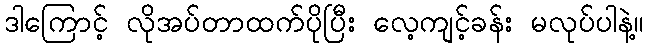
ဒါကြောင့် လိုအပ်တာထက်ပိုပြီး လေ့ကျင့်ခန်း မလုပ်ပါနဲ့။